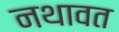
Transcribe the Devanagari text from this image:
नथावत